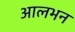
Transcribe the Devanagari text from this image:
आलभन